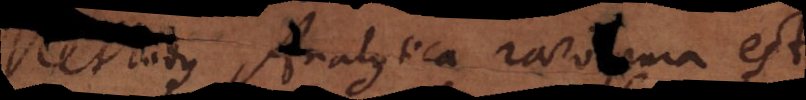
Methodus Analytica raro pura est